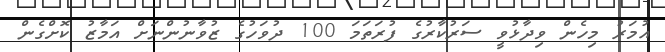
އުމަރު މިހެން ވިދާޅުވީ ސަރުކާރުގެ ފުރަތަމަ 100 ދުވަހުގެ ޒުވާނުންނަށް އަމާޒު ކޮށްގެން